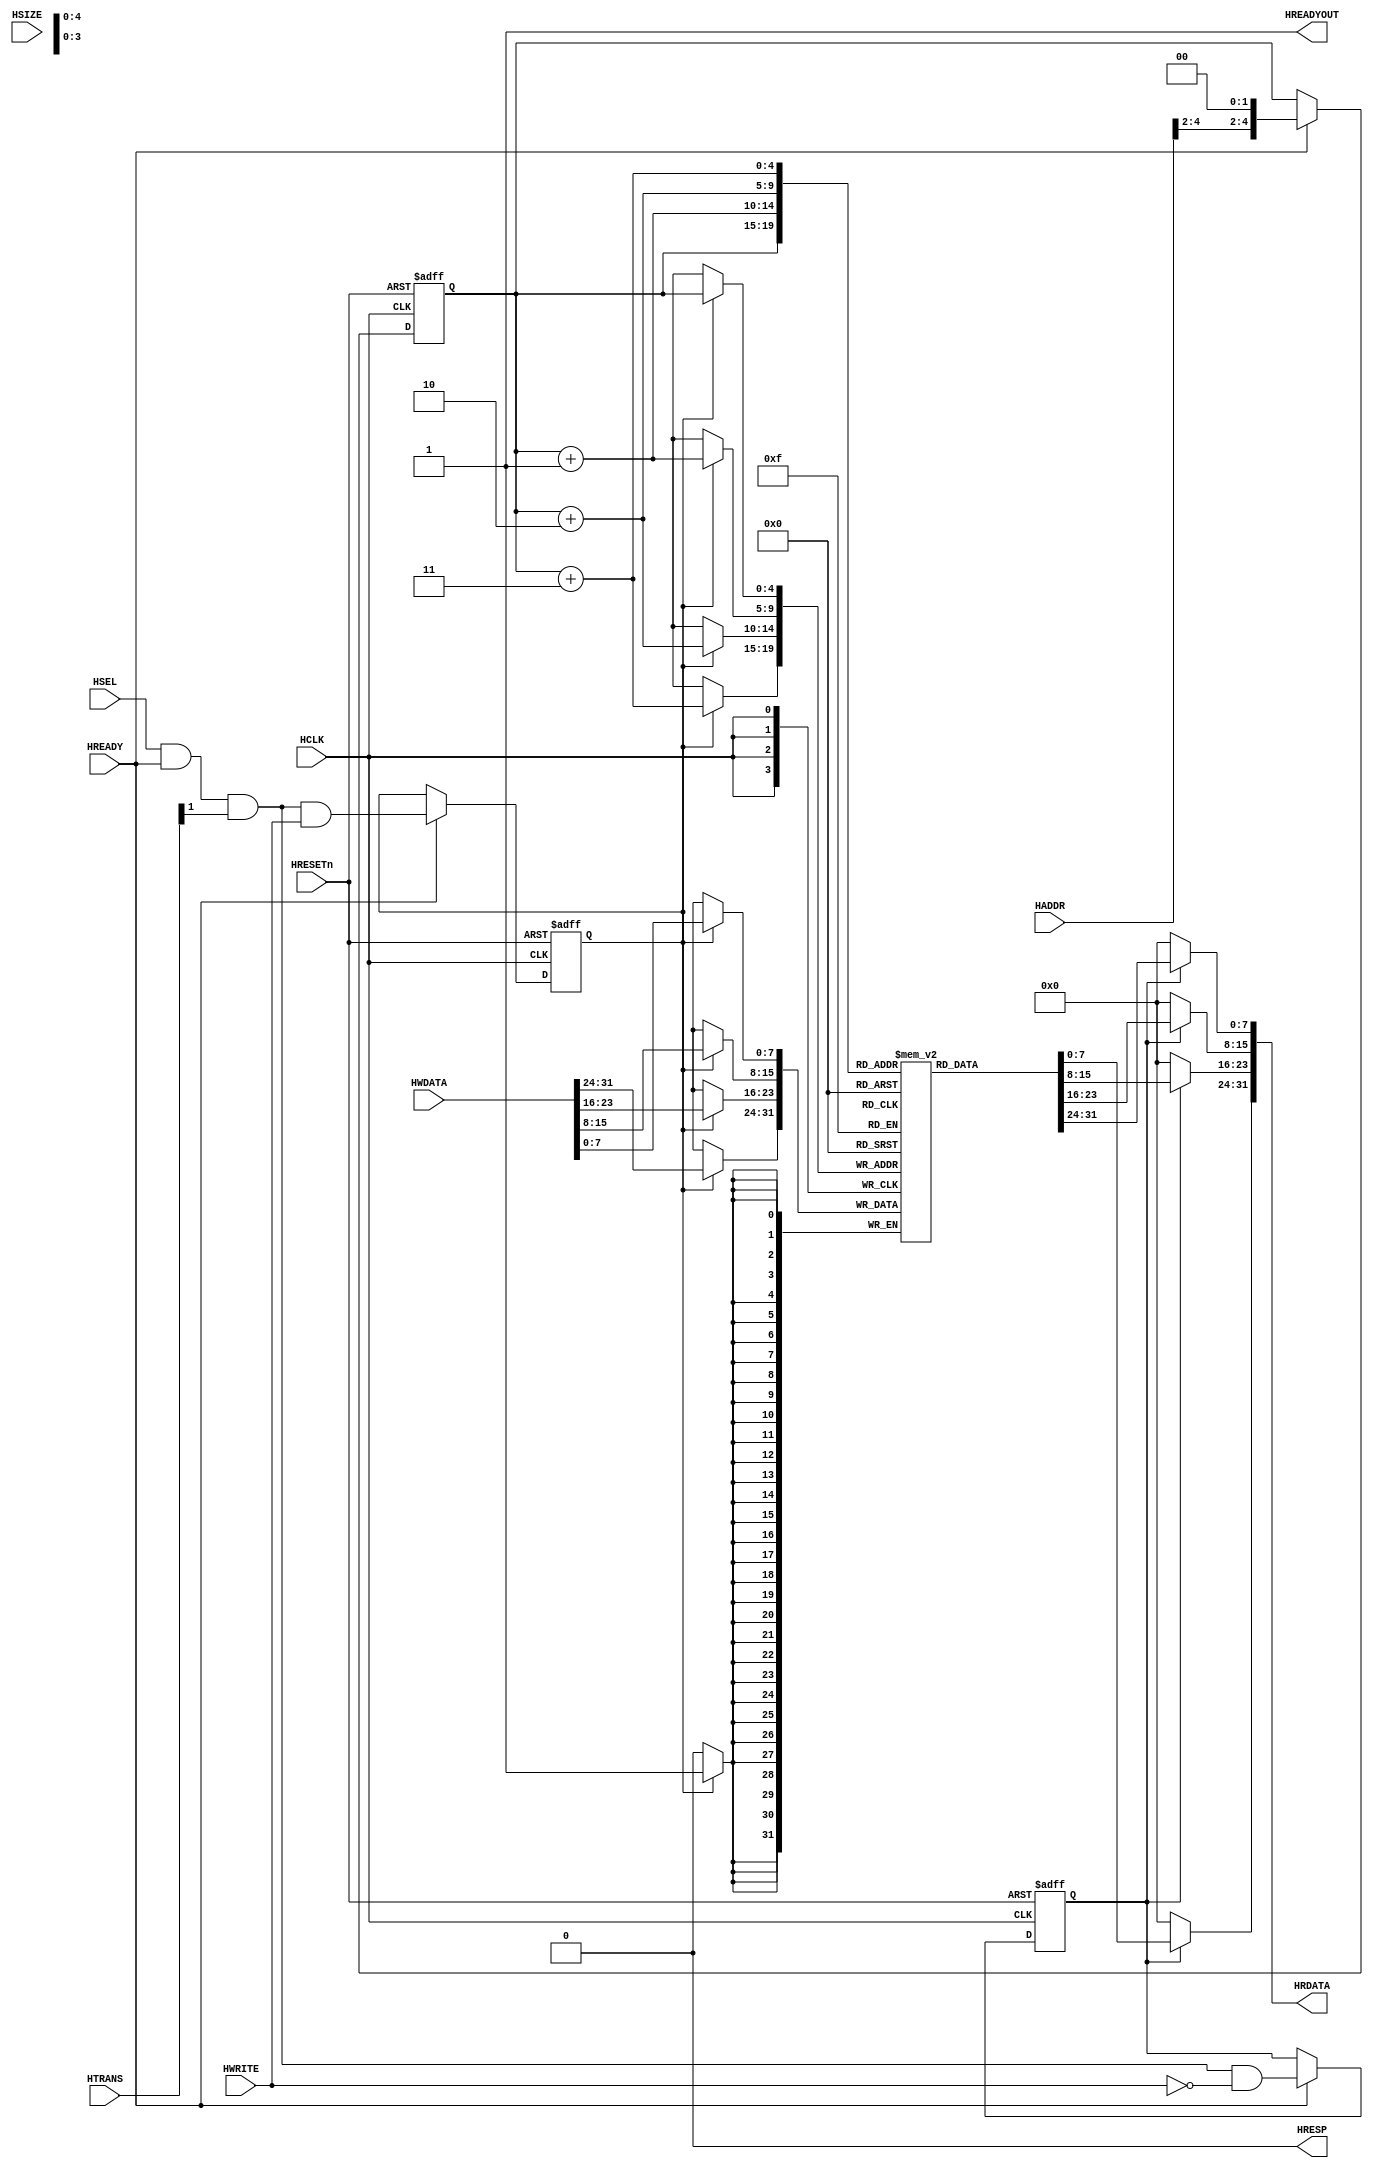
module example #(

// --------------------------------------------------------------------------
// Parameter Declarations
// --------------------------------------------------------------------------
 parameter AW       = 5  // Address width
)
 
(

  // Inputs
 input  wire          HCLK,      // Clock
 input  wire          HRESETn,   // Reset
 input  wire          HSEL,      // Slave select
 input  wire [1:0]    HTRANS,    // Transfer type
 input  wire          HREADY,    // System ready
 input  wire [AW-1:0] HADDR,   // Address
 input  wire [2:0]    HSIZE,   // Transfer size
 input  wire          HWRITE,  // Write control
 input  wire [31:0]   HWDATA,  // Write data

  // Outputs
 output wire       HREADYOUT, // Slave ready
 output wire       HRESP,      // Slave response
 output wire [31:0]   HRDATA  // Read data output
 
);    



// Start of main code

// Internal signals
reg    [1:0] resp_state; // Current FSM state for two-cycle error response
wire   [1:0] next_state; // Next FSM state

wire			 read_valid;
wire  		 write_valid;

wire   [AW-1:0] nxt_word_addr;
reg    [AW-1:0] word_addr;


reg    [7:0]  ram_data[0:((1<<AW)-1)]; // 64k byte of RAM data

// Internal signals
reg           read_enable;    // Data phase read enable
reg           write_enable;   // Data phase write enable
reg    [3:0]  reg_byte_lane;  // Data phase byte lane
reg    [3:0]  next_byte_lane; // Next state of reg_byte_lane

reg    [7:0]  rdata_out_0;    // Read Data Output byte#0
reg    [7:0]  rdata_out_1;    // Read Data Output byte#1
reg    [7:0]  rdata_out_2;    // Read Data Output byte#2
reg    [7:0]  rdata_out_3;    // Read Data Output byte#3

//user define 
assign nxt_word_addr = {HADDR[AW-1:2], 2'b00};


// Generate read control (address phase)
assign read_valid  = HSEL & HREADY & HTRANS[1] & (~HWRITE);
  
// Generate write control (address phase)
assign write_valid = HSEL & HREADY & HTRANS[1] & HWRITE;



  
// Registering control signals to data phase
always @(posedge HCLK or negedge HRESETn)
begin
  if (~HRESETn)
    begin
    read_enable   <= 1'b0;
    write_enable  <= 1'b0;
    word_addr <= {AW{1'b0}};
    end
  else if (HREADY)
    begin
    read_enable   <= read_valid;
    write_enable  <= write_valid;
    word_addr     <= nxt_word_addr;
    end
end

  // Read operation
  always @(*)
  begin
		 if (read_enable)
		 begin
			rdata_out_0 = ram_data[word_addr  ];
			rdata_out_1 = ram_data[word_addr+1];
			rdata_out_2 = ram_data[word_addr+2];
    		rdata_out_3 = ram_data[word_addr+3];
		 end
	 
		 else
		 begin  
			rdata_out_0 = 8'h00;
			rdata_out_1 = 8'h00;
			rdata_out_2 = 8'h00;
			rdata_out_3 = 8'h00;
		 end
   end
	 


  // Registered write
  always @(posedge HCLK)
  begin
    if (write_enable)
      begin
      ram_data[word_addr  ] = HWDATA[ 7: 0];
		ram_data[word_addr+1] = HWDATA[15: 8];
		ram_data[word_addr+2] = HWDATA[23:16];
		ram_data[word_addr+3] = HWDATA[31:24];
      end
  end


assign HREADYOUT = 1'b1;
assign HRESP     = 1'b0;

// Read data output
assign HRDATA    = {rdata_out_3, rdata_out_2, rdata_out_1, rdata_out_0};

endmodule